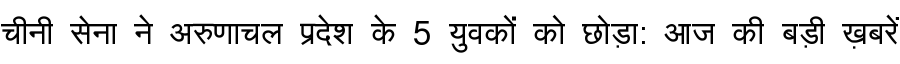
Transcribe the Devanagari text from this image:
चीनी सेना ने अरुणाचल प्रदेश के 5 युवकों को छोड़ा: आज की बड़ी ख़बरें